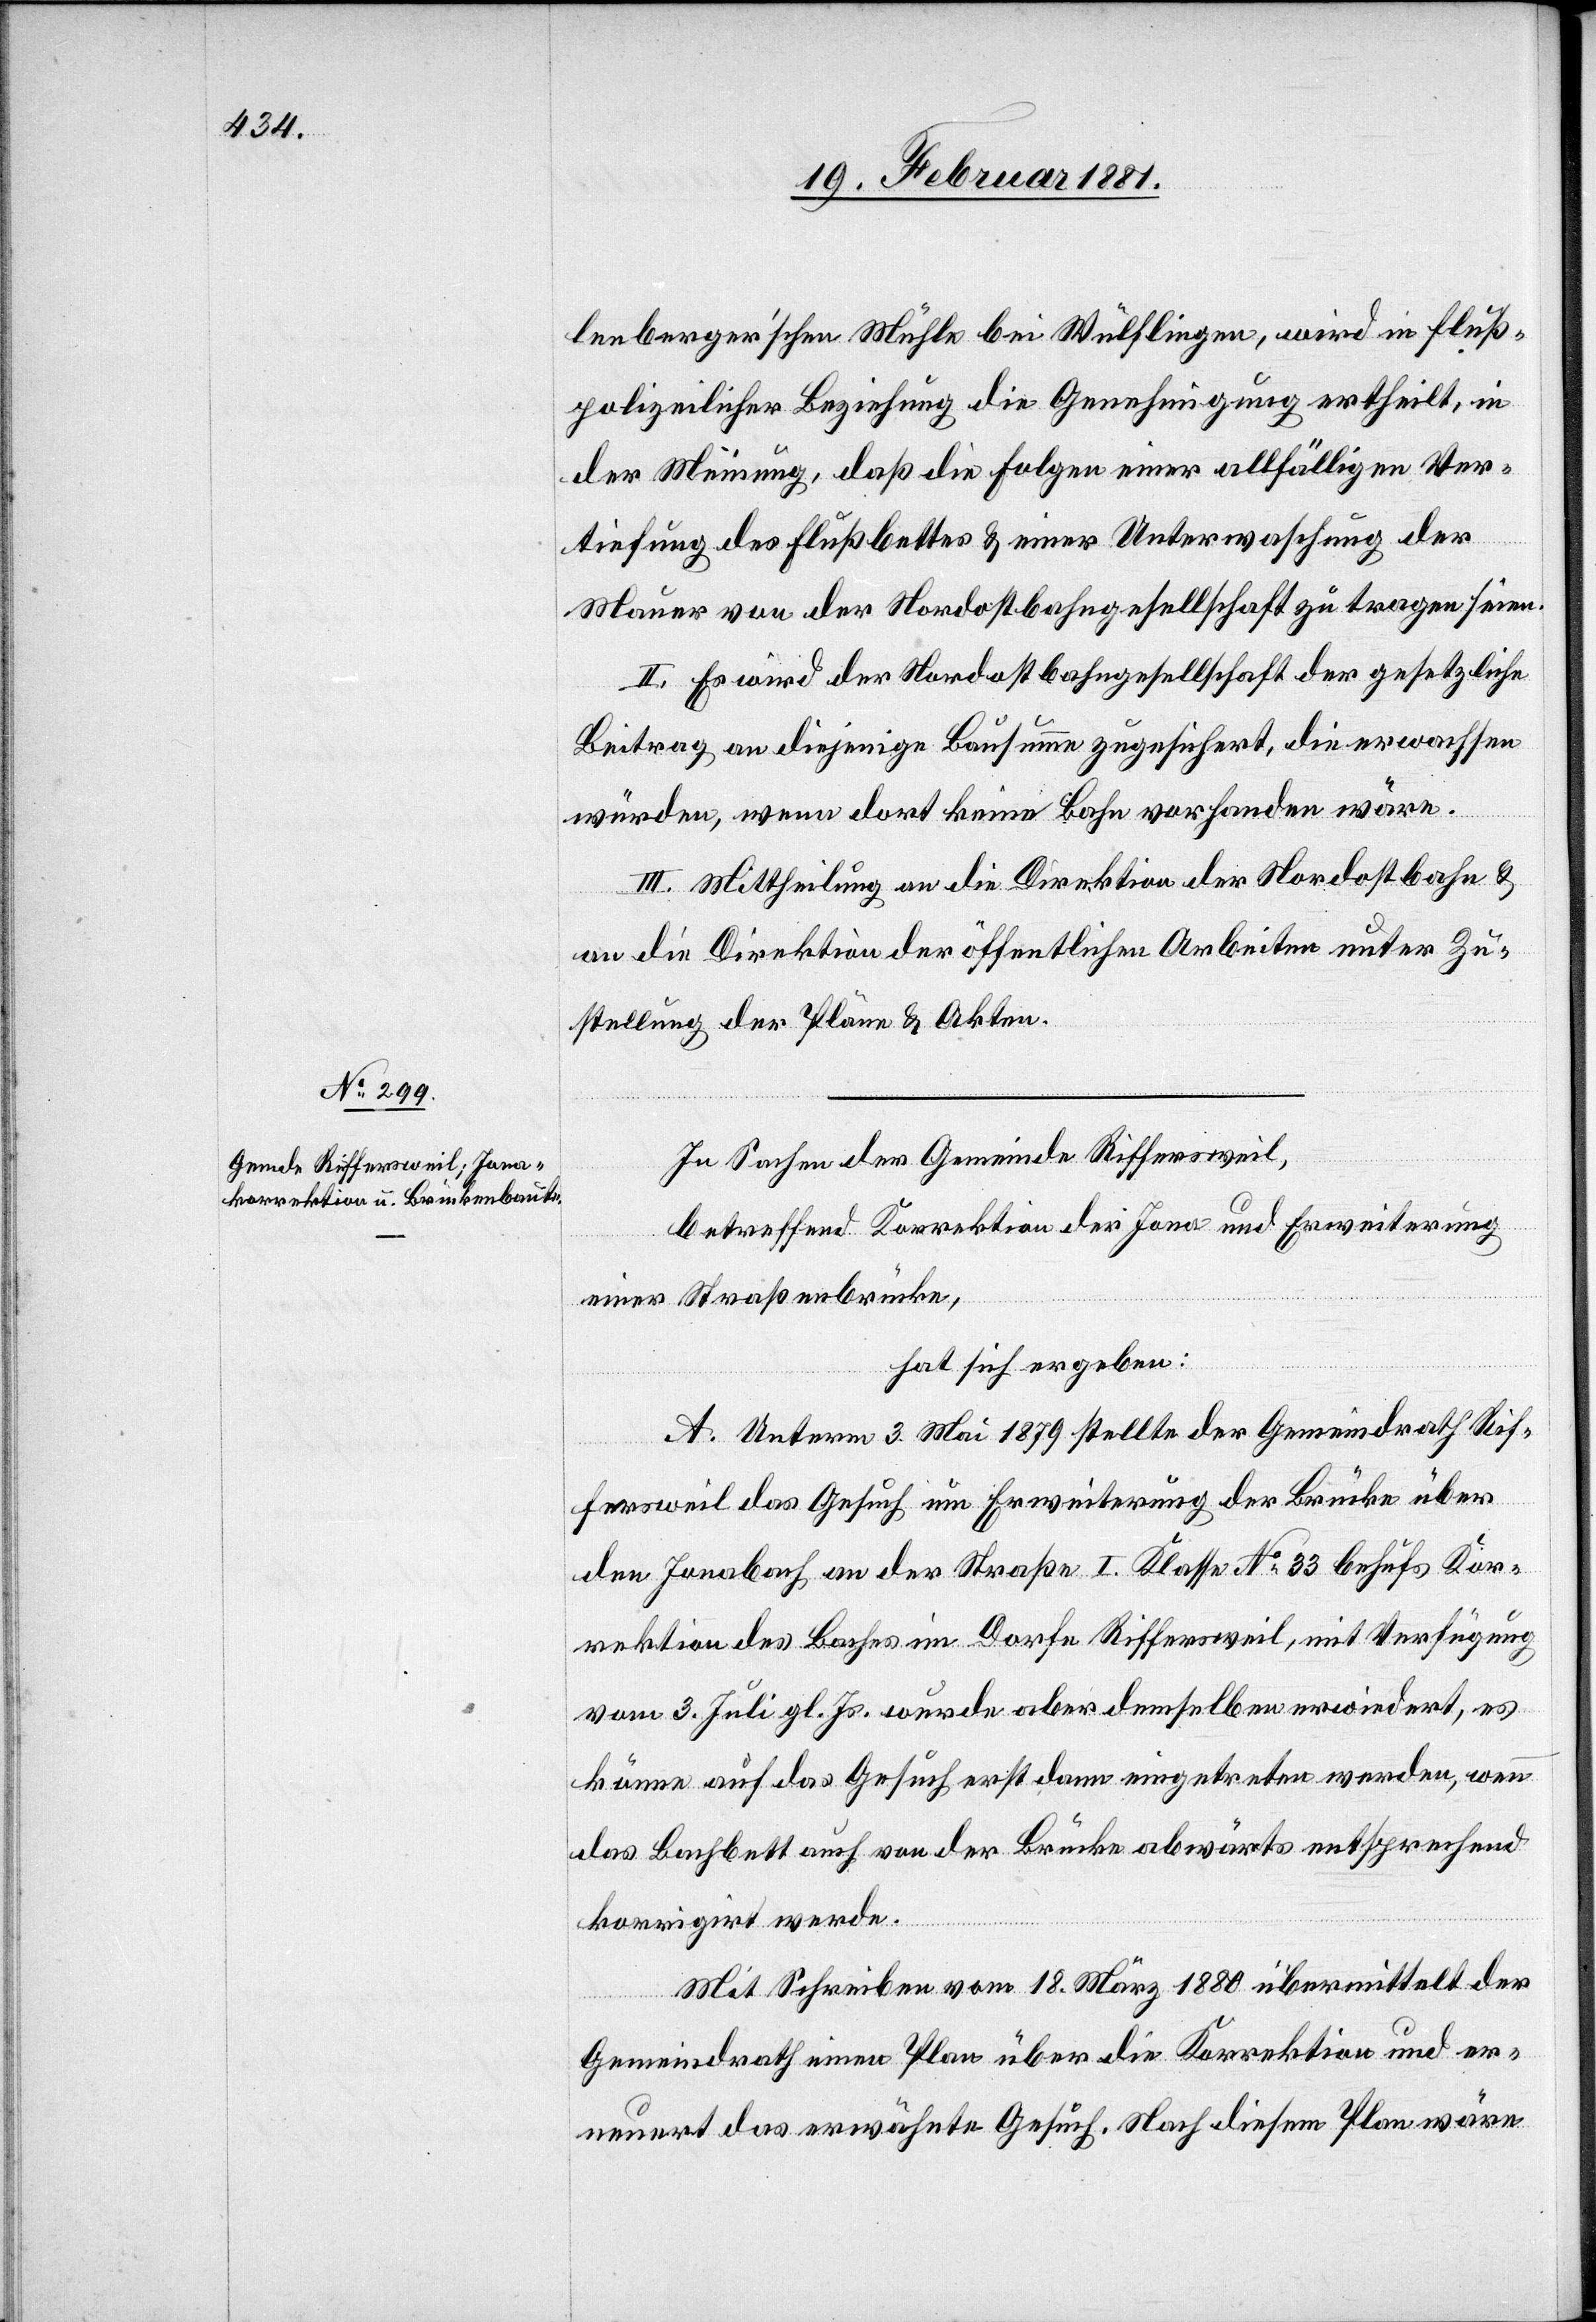
lenberger’schen Mühle bei Wülflingen, wird in fluß¬
polizeilicher Beziehung die Genehmigung ertheilt, in
der Meinung, daß die Folgen einer allfälligen Ver¬
tiefung des Flußbettes & einer Unterwaschung der
Mauer von der Nordostbahngesellschaft zu tragen seien.
II. Es wird der Nordostbahngesellschaft der gesetzliche
Beitrag an diejenige Bausumme zugesichert, die erwachsen
würden, wenn dort keine Bahn vorhanden wäre.
III. Mittheilung an die Direktion der Nordostbahn &
an die Direktion der öffentlichen Arbeiten unter Zu¬
stellung der Pläne & Akten.
In Sachen der Gemeinde Riffersweil,
betreffend Korrektion der Jona und Erweiterung
einer Straßenbrücke,
hat sich ergeben:
A. Unterm 3. Mai 1879 stellte der Gemeindrath Rif¬
fersweil das Gesuch um Erweiterung der Brücke über
den Jonabach an der Straße I. Klasse No 33 behufs Kor¬
rektion des Baches im Dorfe Riffersweil, mit Verfügung
vom 3. Juli gl. Js. wurde aber demselben erwiedert, es
könne auf das Gesuch erst dann eingetreten werden, wenn
das Bachbett auch von der Brücke abwärts entsprechend
korrigirt werde.
Mit Schreiben vom 18. März 1880 übermittelt der
Gemeindrath einen Plan über die Korrektion und er¬
neuert das erwähnte Gesuch. Nach diesem Plan wäre